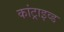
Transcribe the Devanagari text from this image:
कांट्राइव्ड